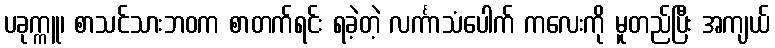
ပခုက္ကူ၊ စာသင်သားဘဝက စာတက်ရင်း ရခဲ့တဲ့ လင်္ကာသံပေါက် ကလေးကို မူတည်ပြီး အကျယ်